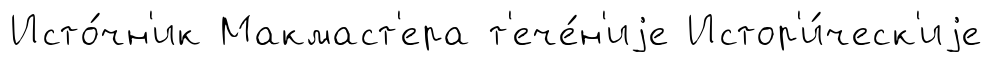
Исто́чн'ик Макмаст'ера т'ече́н'иjе Истор'и́ческ'иjе